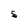
Character: S